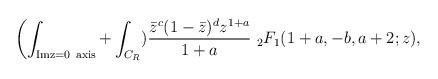
LaTeX: \begin{align*}\biggl(\int_{\rm Im z=0\ axis} + \int_{C_R}){{\bar z}^c(1-{\bar z})^dz^{1+a}\over{1+a}}\ _2F_1(1+a,-b,a+2;z),\end{align*}